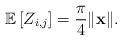
LaTeX: \begin{align*} \mathbb{E}\left[Z_{ i,j}\right] = \frac{\pi}{4} \|\mathbf{x}\|. \end{align*}